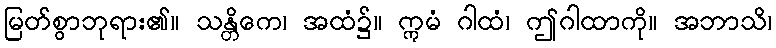
မြတ်စွာဘုရား၏။ သန္တိကေ၊ အထံ၌။ ဣမံ ဂါထံ၊ ဤဂါထာကို။ အဘာသိ၊